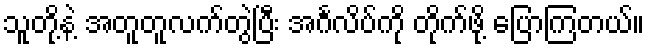
သူတို့နဲ့ အတူတူလက်တွဲပြီး အင်္ဂလိပ်ကို တိုက်ဖို့ ပြောကြတယ်။